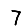
Digit: 7